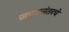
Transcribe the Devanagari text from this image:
जन्मानंतरचे